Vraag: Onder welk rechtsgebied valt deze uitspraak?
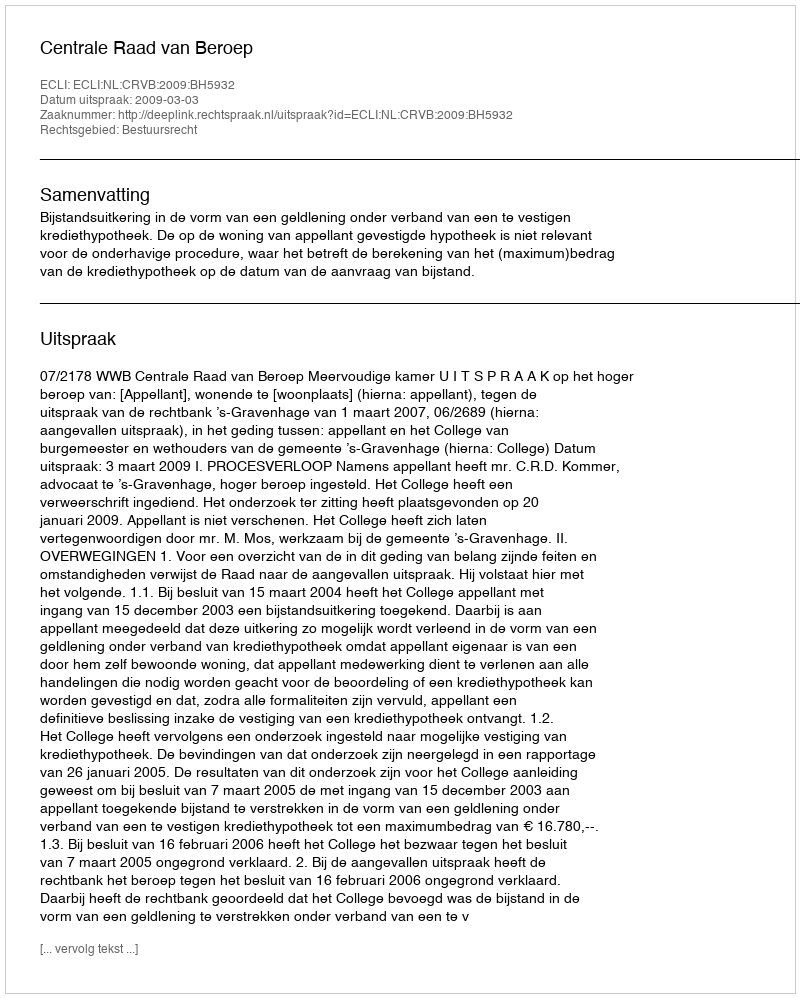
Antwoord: Bestuursrecht